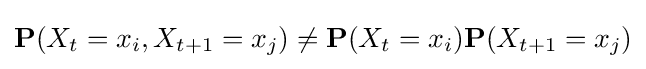
\mathbf {P} (X_{t}=x_{i},X_{t+1}=x_{j})\neq \mathbf {P} (X_{t}=x_{i})\mathbf {P} (X_{t+1}=x_{j})